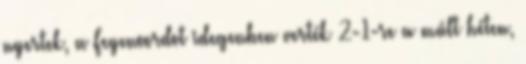
nyertek, a Feyenoordot idegenben verték 2-1-re a múlt héten,